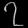
Digit: ၇